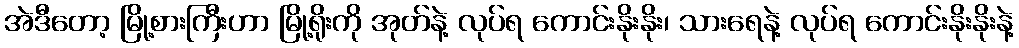
အဲဒီတော့ မြို့စားကြီးဟာ မြို့ရိုးကို အုတ်နဲ့ လုပ်ရ ကောင်းနိုးနိုး၊ သားရေနဲ့ လုပ်ရ ကောင်းနိုးနိုးနဲ့